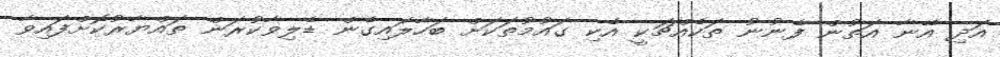
އަދި އޭނާ އަތުން ފެނުނު ތަކެއްޗަކީ އެކި ގައުމުތަކަށް ބަހާލައިގެން ޑެލިވާކުރަން ތައްޔާރުކޮށްފައިވާ